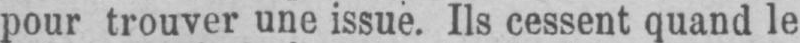
pour trouver une issue. Ils cessent quand le